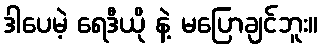
ဒါပေမဲ့ ရေဒီယို နဲ့ မပြောချင်ဘူး။